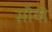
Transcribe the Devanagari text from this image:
सौवी